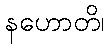
နဟောတိ၊